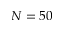
N = 5 0